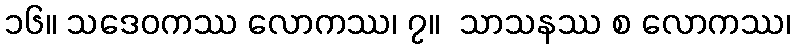
၁၆။ သဒေဝကဿ လောကဿ၊ ၇။  သာသနဿ စ လောကဿ၊